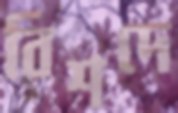
বিশদে